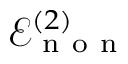
\mathcal { E } _ { \mathrm { ~ n ~ o ~ n ~ } } ^ { ( 2 ) }